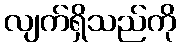
လျက်ရှိသည်ကို